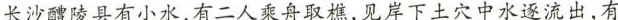
长沙醴陵县有小水，有二人乘舟取樵，见岸下土穴中水逐流出，有